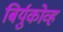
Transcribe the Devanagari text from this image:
बिर्युकोव्ह